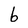
Character: 6